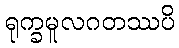
ရုက္ခမူလဂတဿပိ